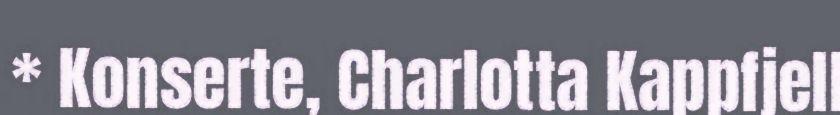
* Konserte, Charlotta Kappfjell